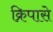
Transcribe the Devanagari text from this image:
क्रिपासे